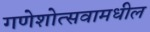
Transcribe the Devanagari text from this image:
गणेशोत्सवामधील